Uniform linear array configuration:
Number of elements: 4
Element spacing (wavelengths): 0.5
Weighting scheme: kaiser
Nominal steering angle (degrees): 60
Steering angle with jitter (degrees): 58.315
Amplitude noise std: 0.05
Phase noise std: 0.05

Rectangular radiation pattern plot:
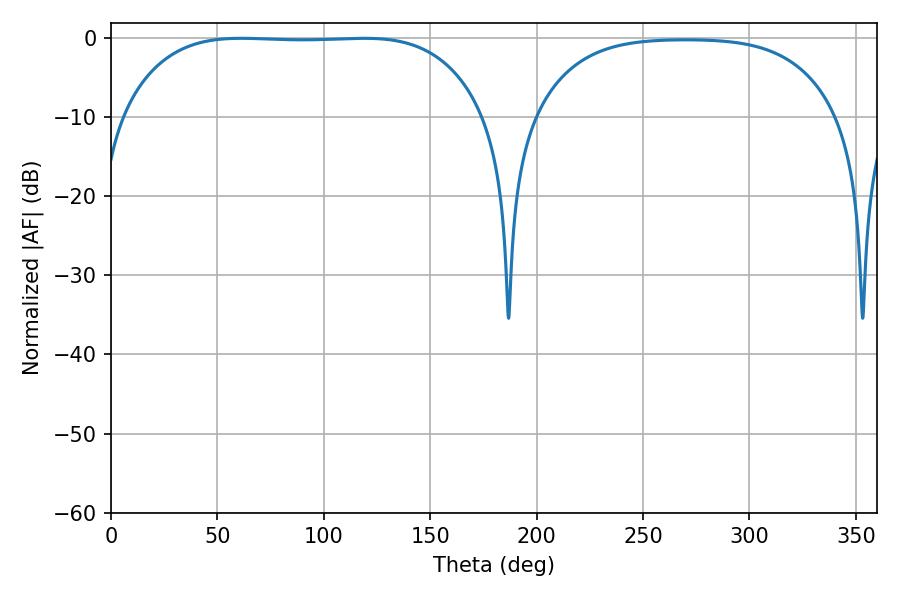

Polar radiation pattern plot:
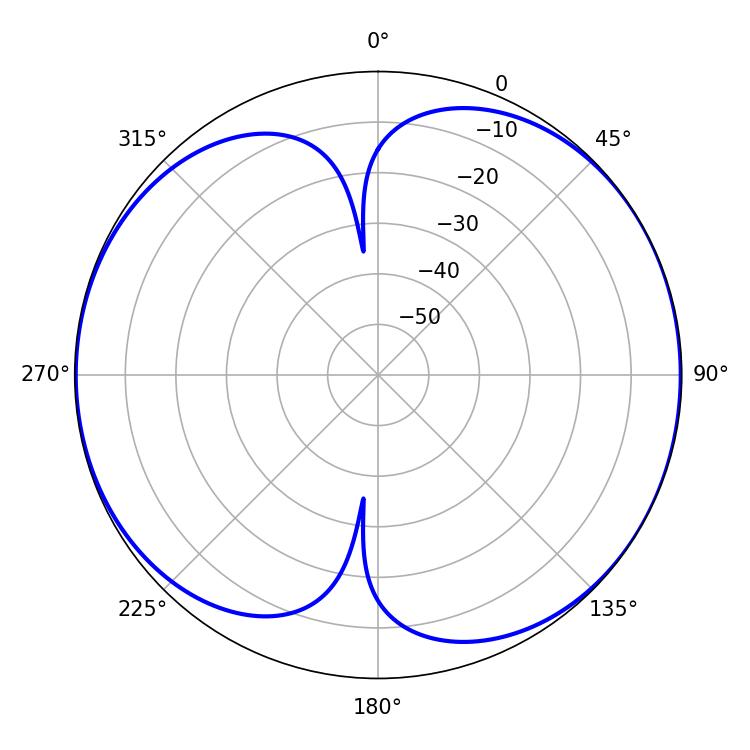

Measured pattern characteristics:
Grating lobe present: FALSE
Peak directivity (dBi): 7.532
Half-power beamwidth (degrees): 132.12
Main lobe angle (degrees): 118.8